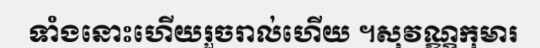
ទាំងនោះហើយរួចរាល់ហើយ ។សុវណ្ណកុមារ